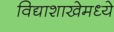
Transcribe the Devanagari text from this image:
विद्याशाखेमध्ये